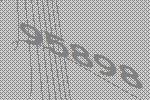
95898